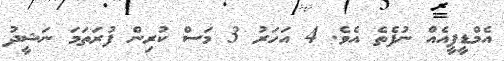
އެމްޑީޕީއެއް ނުފެތެ އެވެ. 4 އަހަރު 3 މަސް ކުރިން ފުރަތަމަ ނަޝީދު